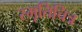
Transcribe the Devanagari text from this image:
स्मृतिचित्र